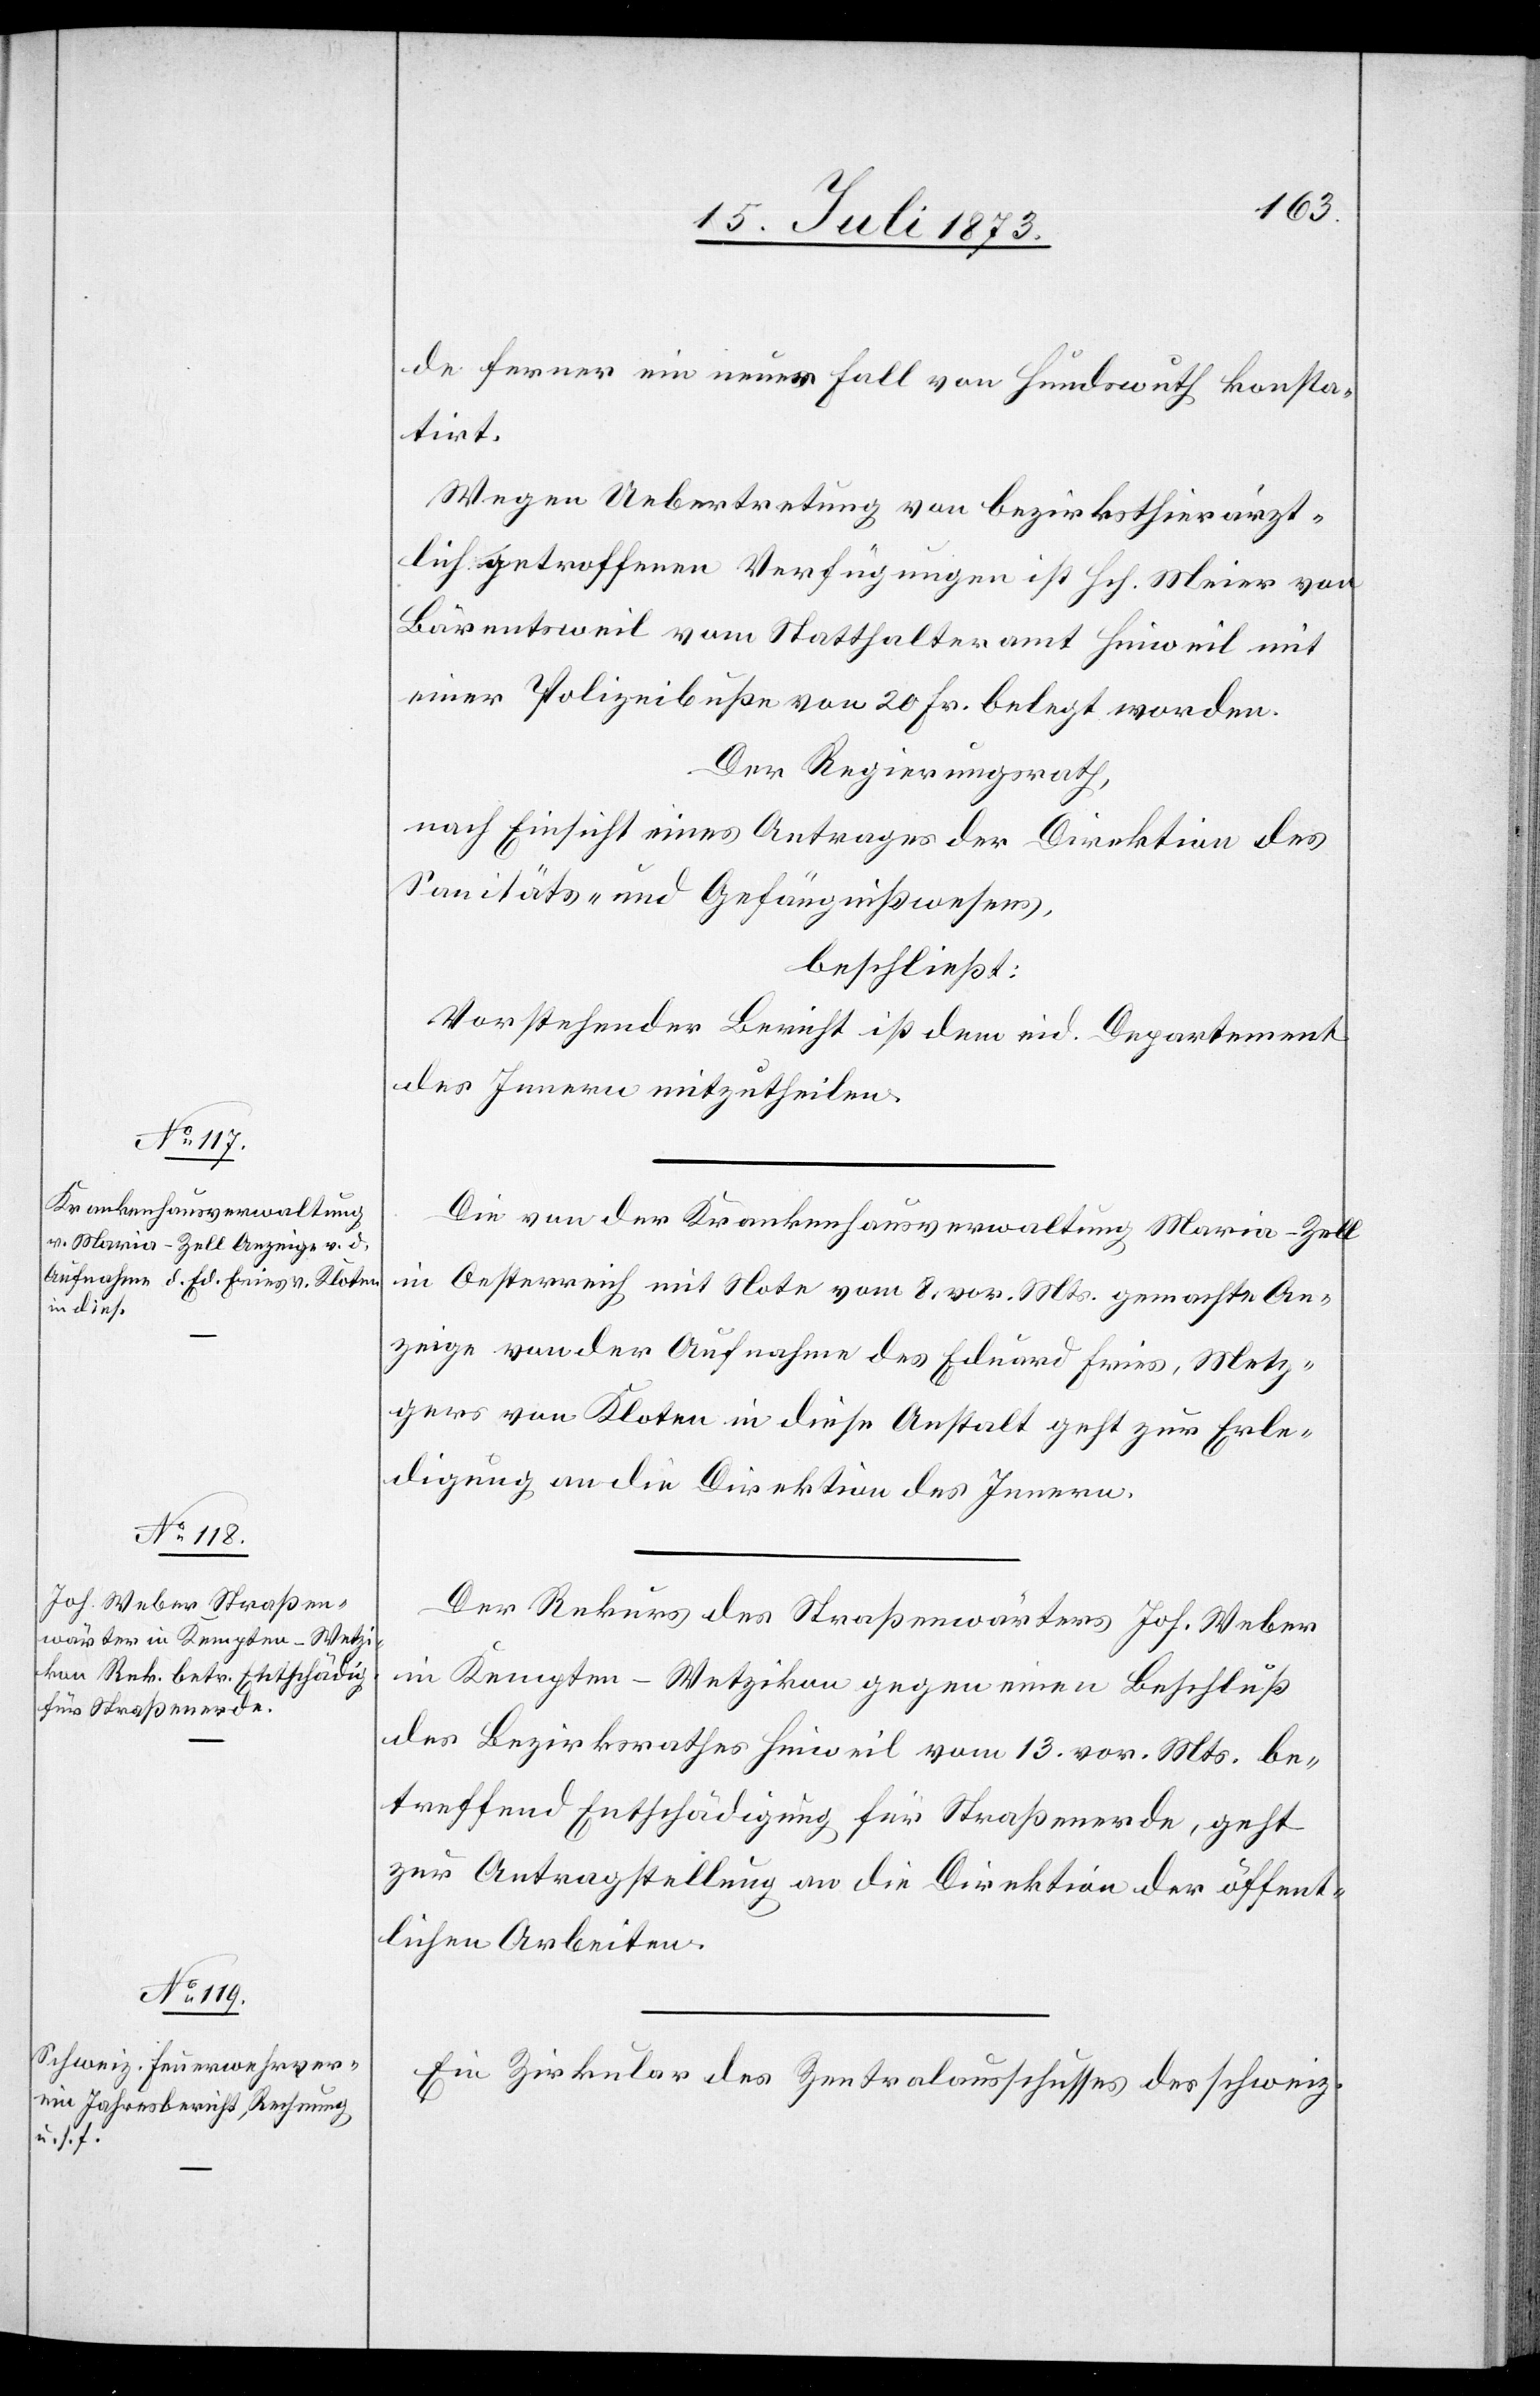
15. Juli 1873.]
de ferner ein neuer Fall von Hundswuth konsta¬
tirt.
Wegen Uebertretung von bezirksthierärzt¬
lich getroffenen Verfügungen ist Hch. Meier von
Bärentsweil vom Statthalteramt Hinweil mit
einer Polizeibuße von 20 Fr. belegt worden.
Der Regierungsrath,
nach Einsicht eines Antrages der Direktion des
Sanitäts- und Gefängnißwesens,
beschließt:
Vorstehender Bericht ist dem eid. Departement
des Innern mitzutheilen.
Die von der Krankenhausverwaltung Maria-Zell
in Oesterreich mit Note vom 8. vor. Mts. gemachte An¬
zeige von der Aufnahme des Eduard Fries, Metz¬
gers von Kloten in diese Anstalt geht zur Erle¬
digung an die Direktion des Innern.
Der Rekurs des Straßenwärters Joh. Weber
in Kempten-Wetzikon gegen einen Beschluß
des Bezirksrathes Hinweil vom 13. vor. Mts. be¬
treffend Entschädigung für Straßenerde, geht
zur Antragstellung an die Direktion der öffent¬
lichen Arbeiten.
Ein Zirkular des Zentralausschusses des schweiz.